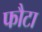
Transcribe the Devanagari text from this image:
फौटा